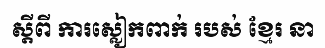
ស្តីពី ការស្លៀកពាក់ របស់ ខ្មែរ នា